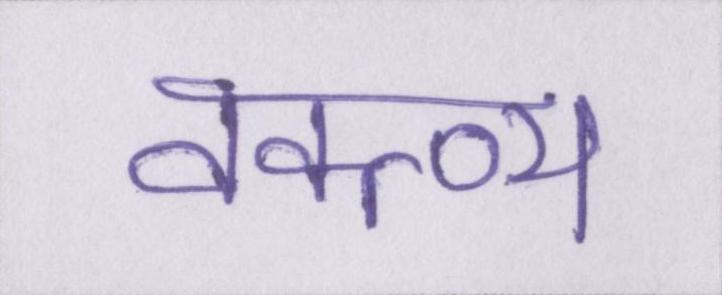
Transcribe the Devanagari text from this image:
वक्त्व्य